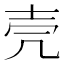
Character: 壳